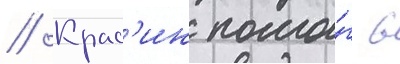
// Крас'ин помо́г в